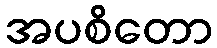
အပစိတော